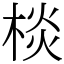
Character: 棪